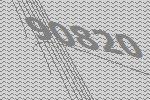
90820